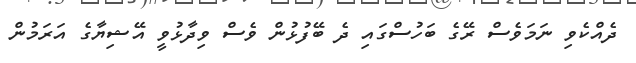
ދެއްކެވި ނަމަވެސް ރޭގެ ބަހުސްގައި ދެ ބޭފުޅުން ވެސް ވިދާޅުވީ އޭޝިޔާގެ އަރަމުން